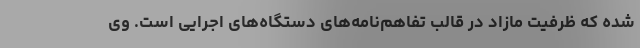
شده که ظرفیت مازاد در قالب تفاهم‌نامه‌های دستگاه‌های اجرایی است. وی